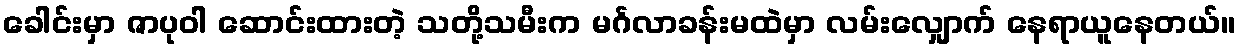
ခေါင်းမှာ ဇာပုဝါ ဆောင်းထားတဲ့ သတို့သမီးက မင်္ဂလာခန်းမထဲမှာ လမ်းလျှောက် နေရာယူနေတယ်။